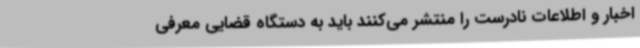
اخبار و اطلاعات نادرست را منتشر می‌کنند باید به دستگاه قضایی معرفی